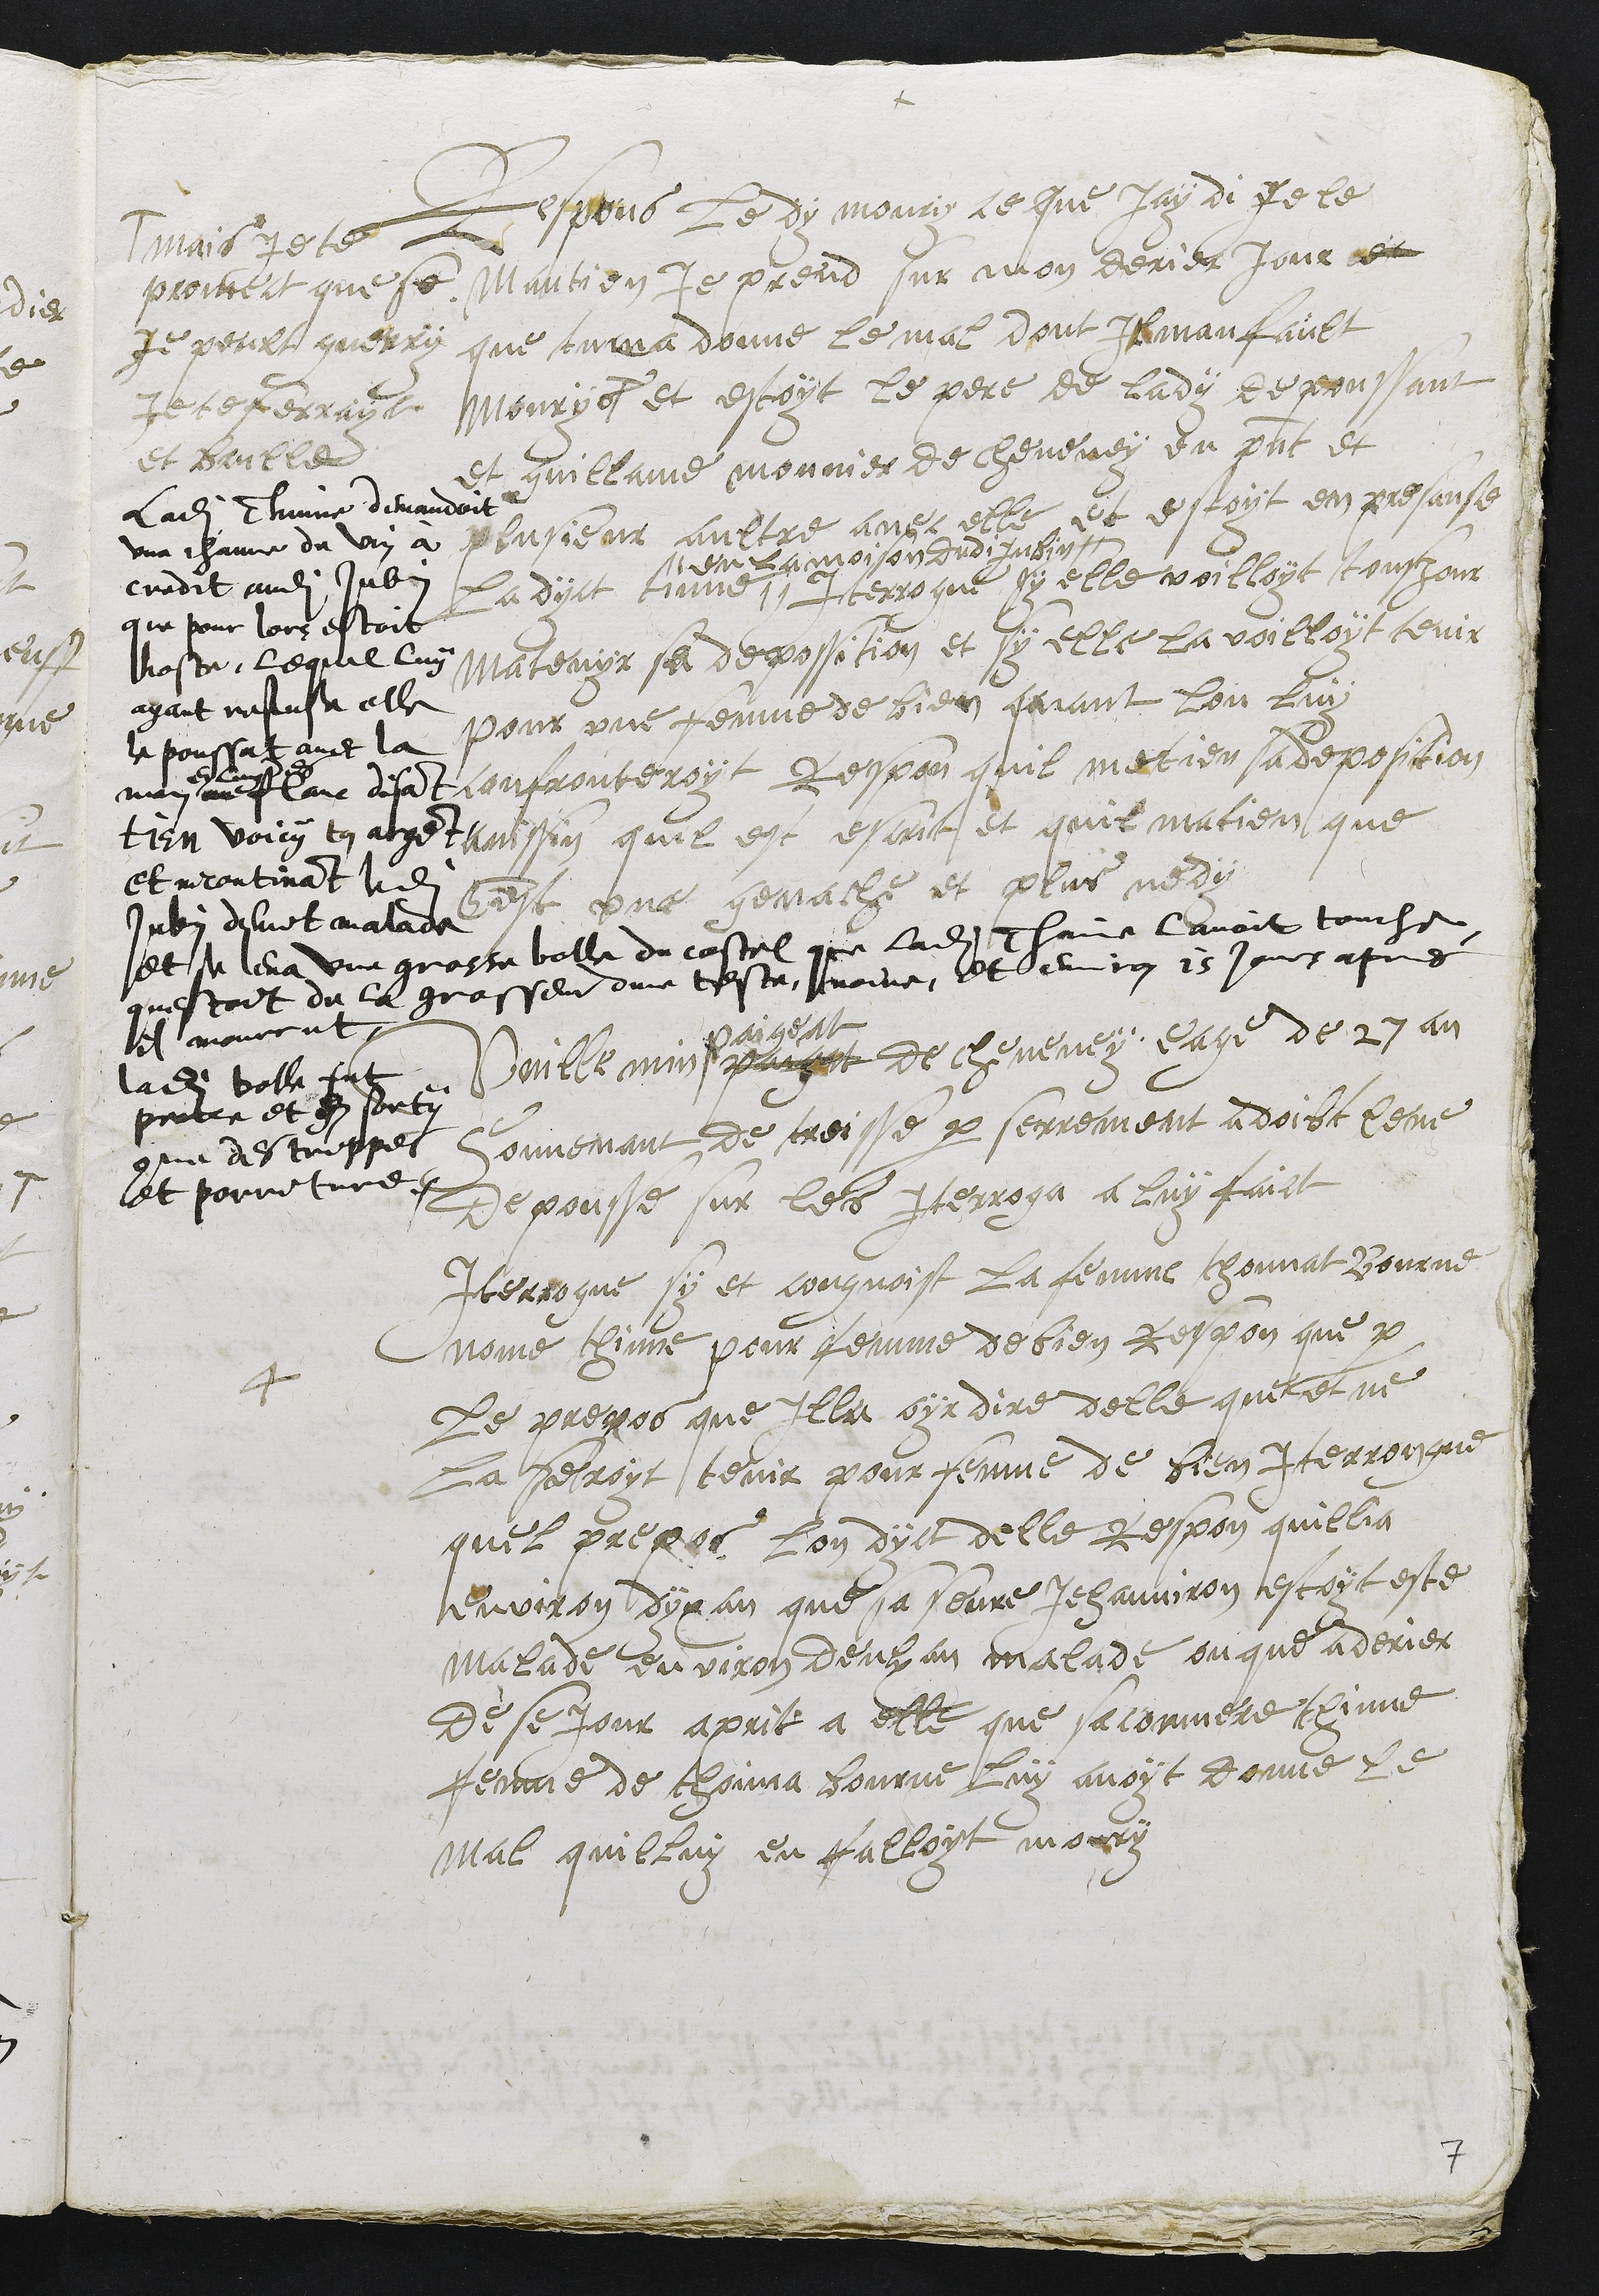
+
Repons le dy moury ce que Jay di je le
mantien je prend sur mon derier jour et
que tu ma donne le mal dont Il manfault
mourys #
# mais je te
promect que se
je peult guerry
je te ferrayt
et baille
Ladite Thinne demandoit
une channe de vin à
credit audit Jubin
que pour lors estoit
hoste, lequel luy
ayant refuse elle
le poussat avec la
main
en lung des
flanc disant
tien voicy ton argent
et incontinant ledit
Jubin devint malade
et se leva une grosse bolle du costel que ladite Thinne lavoit touche
questoit de la grosseur dune teste, noire, et environ 15 jours apres
il mourrut
ladite bolle fut
percee et en sorty
comme des trippes
et porriture.
et estoyt le pere de lady depoussant
et guillame monnier de cheveney en present et
plusieur aultre avec elle et estoyt en presanse
ladyct tinne #
# en la moison dudi Jubin
Iterrogue sy elle voilloyt tousjour
Matenyr sa depossition et sy elle la voilloyt tenir
pour une femme de bien quant lon luy
confronteroyt Respon quil metien sa deposition
ainssin quil est escrit et quil matien que
cest une genache et plus ne dy
4
Vuillemin paigat
paigeat
de cheveney eage de 27 an
souvenant de treisse par serrement a doibt leve
depousse sur les iterroga a luy faict
Iterrogue sy et congnoist la femme thonnat Bourne
nome thinne pour femme de bien Respon que par
Le prepos que Illa oyr dire delle que et ne
la feroyt tenir pour femme de bien Iterrongue
quel prepos lon dyct delle respon quillia
environ dyx an que sa seure Jehanniron estoyt este
malade environ deulx an malade ou que a derier
de se jour aprit a elle que sa conmere thinne
femme de thoinna bourne luy avoyt donne le
mal quil luy en falloyt moury

7